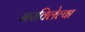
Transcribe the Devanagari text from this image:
भरविलेल्या